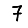
Digit: 7